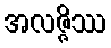
အလဇ္ဇိဿ